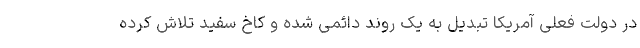
در دولت فعلی آمریکا تبدیل به یک روند دائمی شده و کاخ سفید تلاش کرده